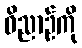
ဝိညာဉ်ကို